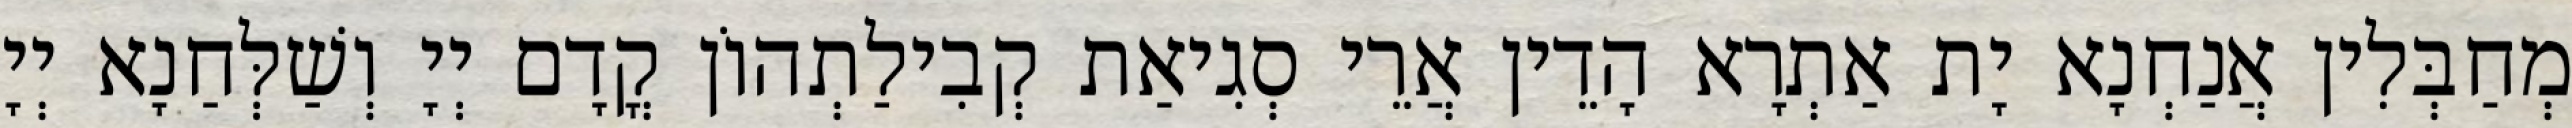
מְחַבְּלִין אֲנַחְנָא יָת אַתְרָא הָדֵין אֲרֵי סְגִיאַת קְבִילַתְהוֹן קֳדָם יְיָ וְשַׁלְּחַנָא יְיָ